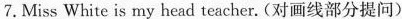
7.Miss White is my head teacher. (对画线部分提问)